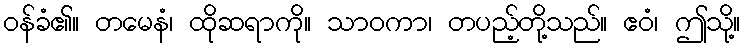
ဝန်ခံ၏။ တမေနံ၊ ထိုဆရာကို။ သာဝကာ၊ တပည့်တို့သည်။ ဧဝံ၊ ဤသို့။